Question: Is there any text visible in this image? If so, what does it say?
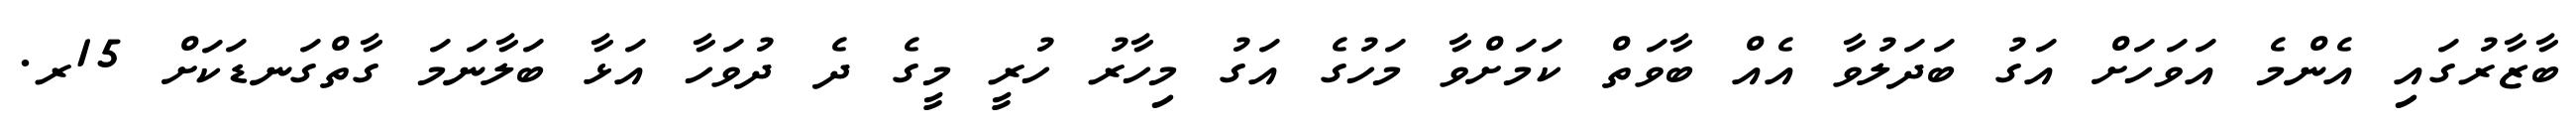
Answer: ބާޒާރުގައި އެންމެ އަވަހަށް އަގު ބަދަލުވާ އެއް ބާވަތް ކަމަށްވާ މަހުގެ އަގު މިހާރު ހުރީ މީގެ ދެ ދުވަހާ އަޅާ ބަލާނަމަ ގާތްގަނޑަކަށް 15ރ.